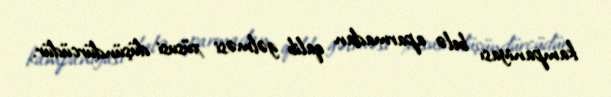
kampaniyası belə aparmadan qalib gəlməsi xüsusi düşündürcüdür.